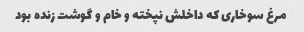
مرغ سوخاری که داخلش نپخته و خام و گوشت زنده بود